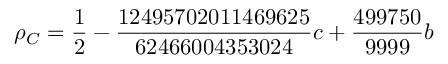
\rho _ { C } = \frac { 1 } { 2 } - \frac { 1 2 4 9 5 7 0 2 0 1 1 4 6 9 6 2 5 } { 6 2 4 6 6 0 0 4 3 5 3 0 2 4 } c + \frac { 4 9 9 7 5 0 } { 9 9 9 9 } b